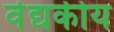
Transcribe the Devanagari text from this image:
वेद्यकीय